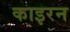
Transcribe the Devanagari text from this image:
काइरन